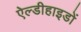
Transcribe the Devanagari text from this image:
ऐल्डीहाइडों